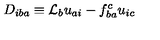
D _ { i b a } \equiv { \cal L } _ { b } u _ { a i } - f _ { b a } ^ { c } u _ { i c }